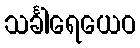
သင်္ခါရေယေဝ